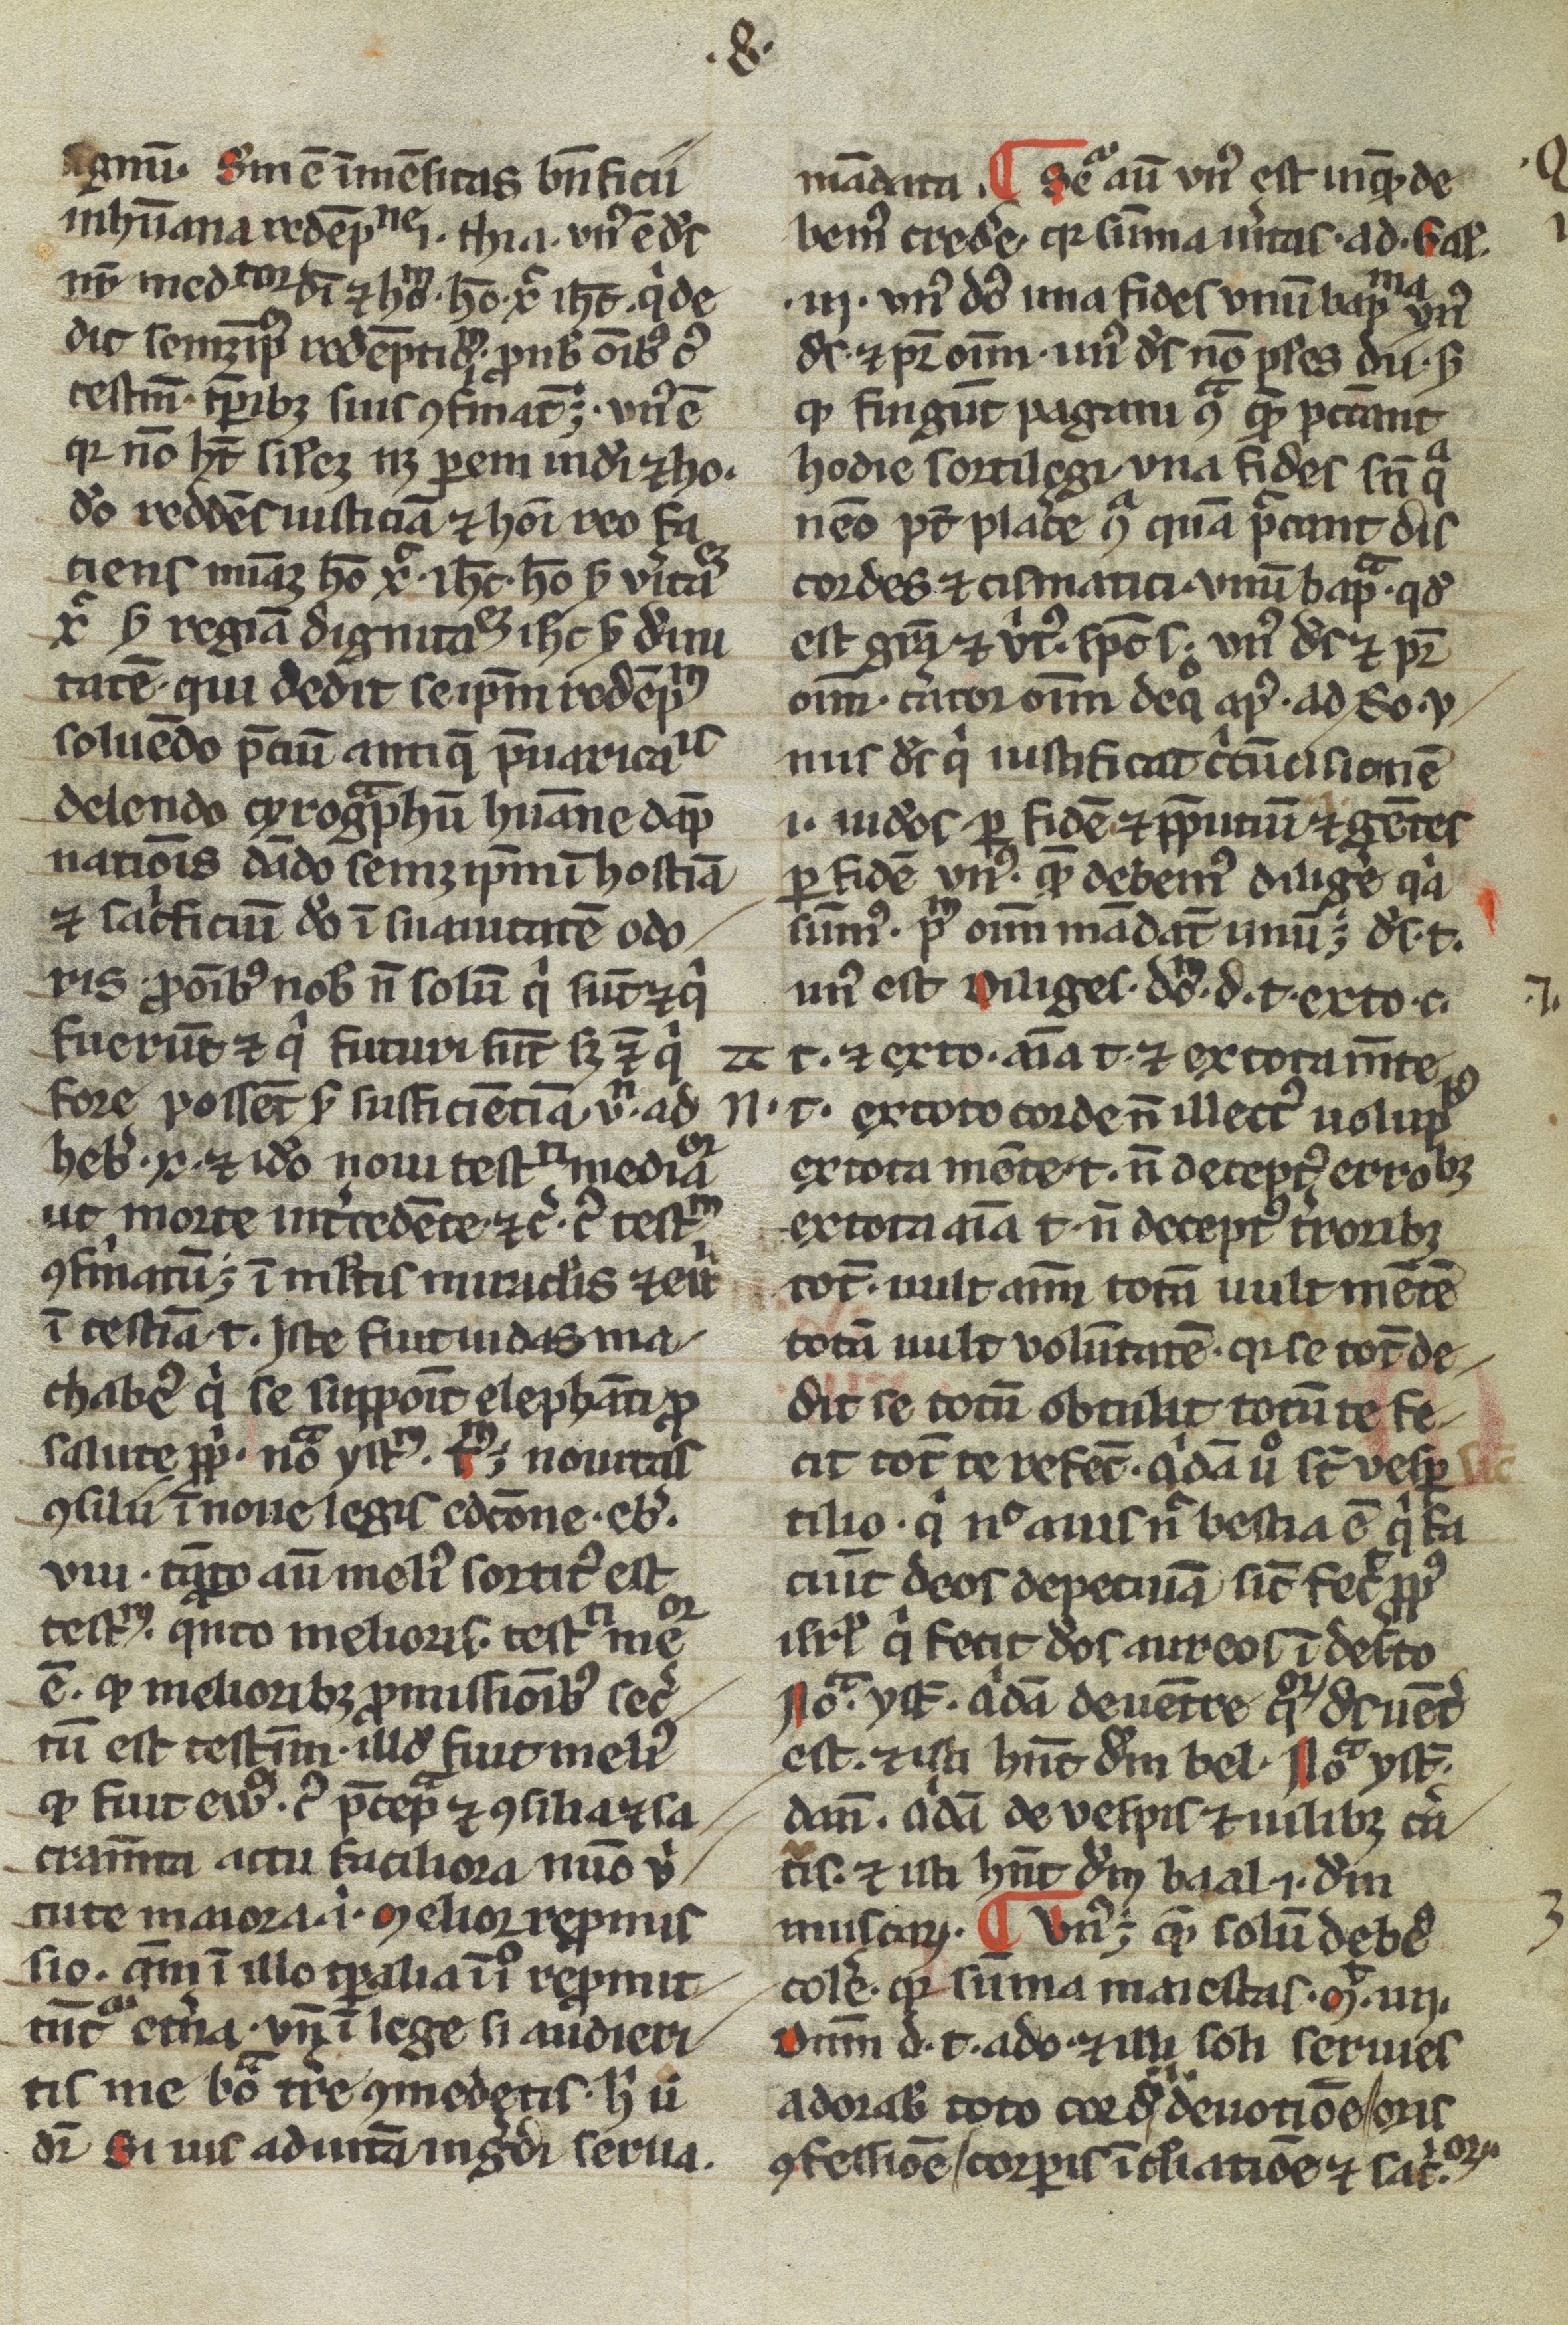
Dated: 1200–1399